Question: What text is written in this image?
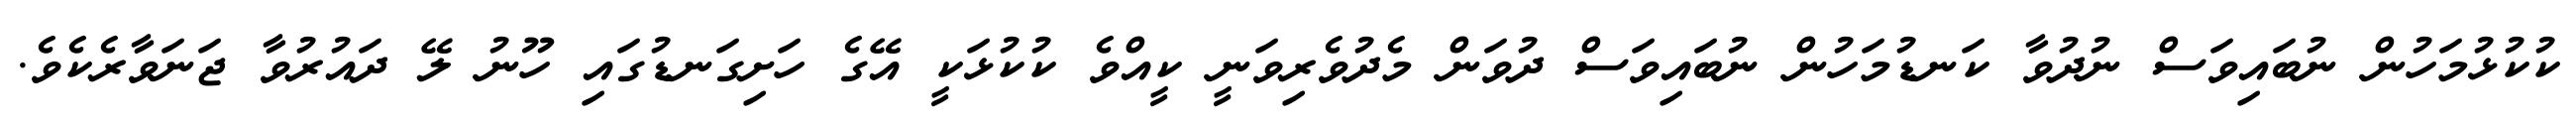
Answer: ކުކުޅުމަހުން ނުބައިވަސް ނުދުވާ ކަނޑުމަހުން ނުބައިވަސް ދުވަން މެދުވެރިވަނީ ކީއްވެ ކުކުޅަކީ އޭގެ ހަށިގަނޑުގައި ހޫނު ލޭ ދައުރުވާ ޖަނަވާރެކެވެ.